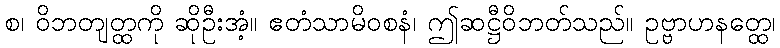
စ၊ ဝိဘတျတ္ထကို ဆိုဦးအံ့။ ဧတံသာမိဝစနံ၊ ဤဆဋ္ဌီဝိဘတ်သည်။ ဥဗ္ဗာဟနတ္ထေ၊